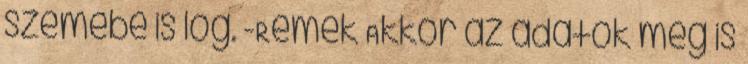
szemébe is lóg. -Remek Akkor az adatok meg is